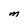
Character: M